Report on plague in the Punjab from October 1st ... to September 30th ..., being the ... season of plague in the province
Disease focus: Plague
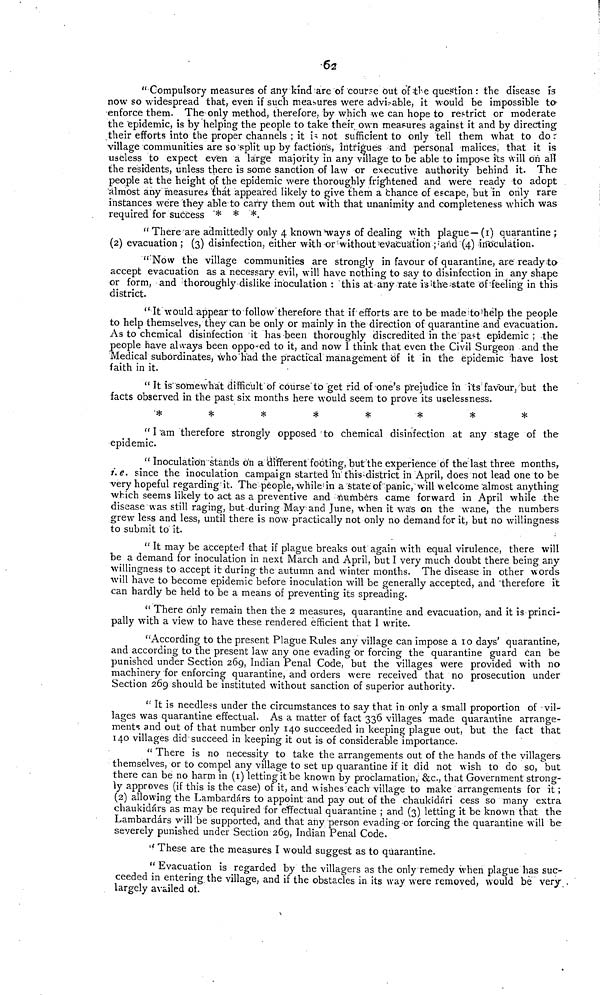
62
" Compulsory measures of any kind are of course out of the question r the disease is
now so widespread that, even if such measures were advisable, it would be impossible to
enforce them. The only method, therefore, by which we can hope to restrict or moderate
the epidemic, is by helping the people to take their own measures against it and by directing
their efforts into the proper channels ; it is not sufficient to only tell them what to do.
village communities are so split up by factions, Intrigues and personal malices, that it is
useless to expect even a large majority in any village to be able to impose its will on all
the residents, unless there is some sanction of law or executive authority behind it. The
people at the height of the epidemic were thoroughly frightened and were ready to adopt
almost any" measures that appeared likely to give them a chance of escape, but in only rare
instances were they able to carry them out with that unanimity and completeness which was
required for success * * *.
" There are admittedly only 4 known ways of dealing with plague—(1) quarantine;
(2) evacuation ; (3) disinfection, either with-or without'evacuation ; and (4) inoculation.
"Now the village communities are strongly in favour of quarantine, are ready to-
accept evacuation as a necessary evil, will have nothing to say to disinfection in any shape
or form, and thoroughly dislike inoculation : this at any rate is the state of feeling in this
district.
" It would appear to follow therefore that if efforts are to be made to help the people
to help themselves, they can be only or mainly in the direction of quarantine and evacuation.
As to chemical disinfection it has been thoroughly discredited in the past epidemic; the
people have always been opposed to it, and now I think that even the Civil Surgeon and the
Medical subordinates, who had the practical management of it in the epidemic have lost
faith in it.
" It is'somewhat difficult of course to get rid of one's prejudice in its favour, but the
facts observed in the past six months here would seem to prove its uselessness.
*
*
*
*
*
*
*
*
" I am therefore strongly opposed to chemical disinfection at any stage of the
epidemic.
" Inoculation stands on a different footing, but the experience of the last three months,
i. e. since the inoculation campaign started in this district in April, does not lead one to be
very hopeful regarding it. The people, while in a state of panic, will welcome almost anything
which seems likely to act as a preventive and numbers came forward in April while the
disease was still raging, but during May and June, when it was on the wane, the numbers
grew less and less, until there is now practically not only no demand for it, but no willingness
to submit to it.
" It may be accepted that if plague breaks out again with equal virulence, there will
be a demand for inoculation in next March and April, but I very much doubt there being any
willingness to accept it during the autumn and winter months. The disease in other words
will have to become epidemic before inoculation will be generally accepted, and "therefore it
can hardly be held to be a means of preventing its spreading.
" There only remain then the 2 measures, quarantine and evacuation, and it is princi-
pally with a view to have these rendered efficient that I write.
"According to the present Plague Rules any village can impose a 10 days' quarantine,
and according to the present law any one evading or forcing the quarantine guard can be
punished under Section 269, Indian Penal Code," but the villages were provided with no
machinery for enforcing quarantine, and orders were received that no prosecution under
Section 269 should be instituted without sanction of superior authority.
" It is needless under the circumstances to say that in only a small proportion of vil-
lages was quarantine effectual. As a matter of fact 336 villages made quarantine arrange-
ments and out of that number only 140 succeeded in keeping plague out, but the fact that
140 villages did succeed in keeping it out is of considerable importance.
" There is no necessity to take the arrangements out of the hands of the villagers
themselves, or to compel any village to set up quarantine if it did not wish to do so, but
there can be no harm in (1) letting it be known by proclamation, &c, that Government strong-
ly approves (if this is the case) of it, and wishes each village to make arrangements for it ;
(2) allowing the Lambardárs to appoint and pay out of the chaukídári cess so many extra
chaukidárs as may be required for effectual quarantine ; and (3) letting it be known that the
Lambardárs will be supported, and that any person evading or forcing the quarantine will be
severely punished under Section 269, Indian Penal Code.
'' These are the measures I would suggest as to quarantine.
" Evacuation is regarded by the villagers as the only remedy when plague has suc-
ceeded in entering the village, and if the obstacles in its way were removed, would be very .
largely availed of.